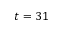
t = 3 1